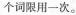
个词限用一次。